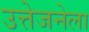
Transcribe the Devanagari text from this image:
उत्तेजनेला